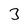
Character: 3